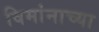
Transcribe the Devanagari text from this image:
विमांनाच्या